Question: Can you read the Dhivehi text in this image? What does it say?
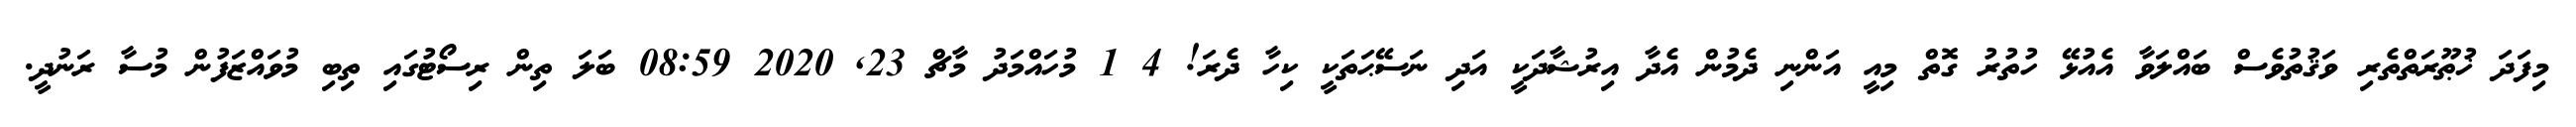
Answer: މިފަދަ ޚުޠޫރަތްތެރި ވަޤުތުވެސް ބައްލަވާ އެއުޅޭ ހުތުރު ގޮތް މިއީ އަންނި ދެމުން އެދާ އިރުޝާދަކީ އަދި ނަސޭޙަތަކީ ކިހާ ދެރަ! 4 1 މުހައްމަދު މާޗް 23, 2020 08:59 ބަލަ ތިން ރިސޯޓުގައި ތިބި މުވައްޒަފުން މުސާ ރަނުދީ.